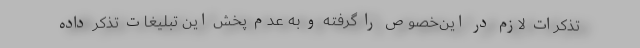
تذکرات لازم در این‌خصوص را گرفته و به عدم پخش این تبلیغات تذکر داده